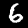
Label: 6